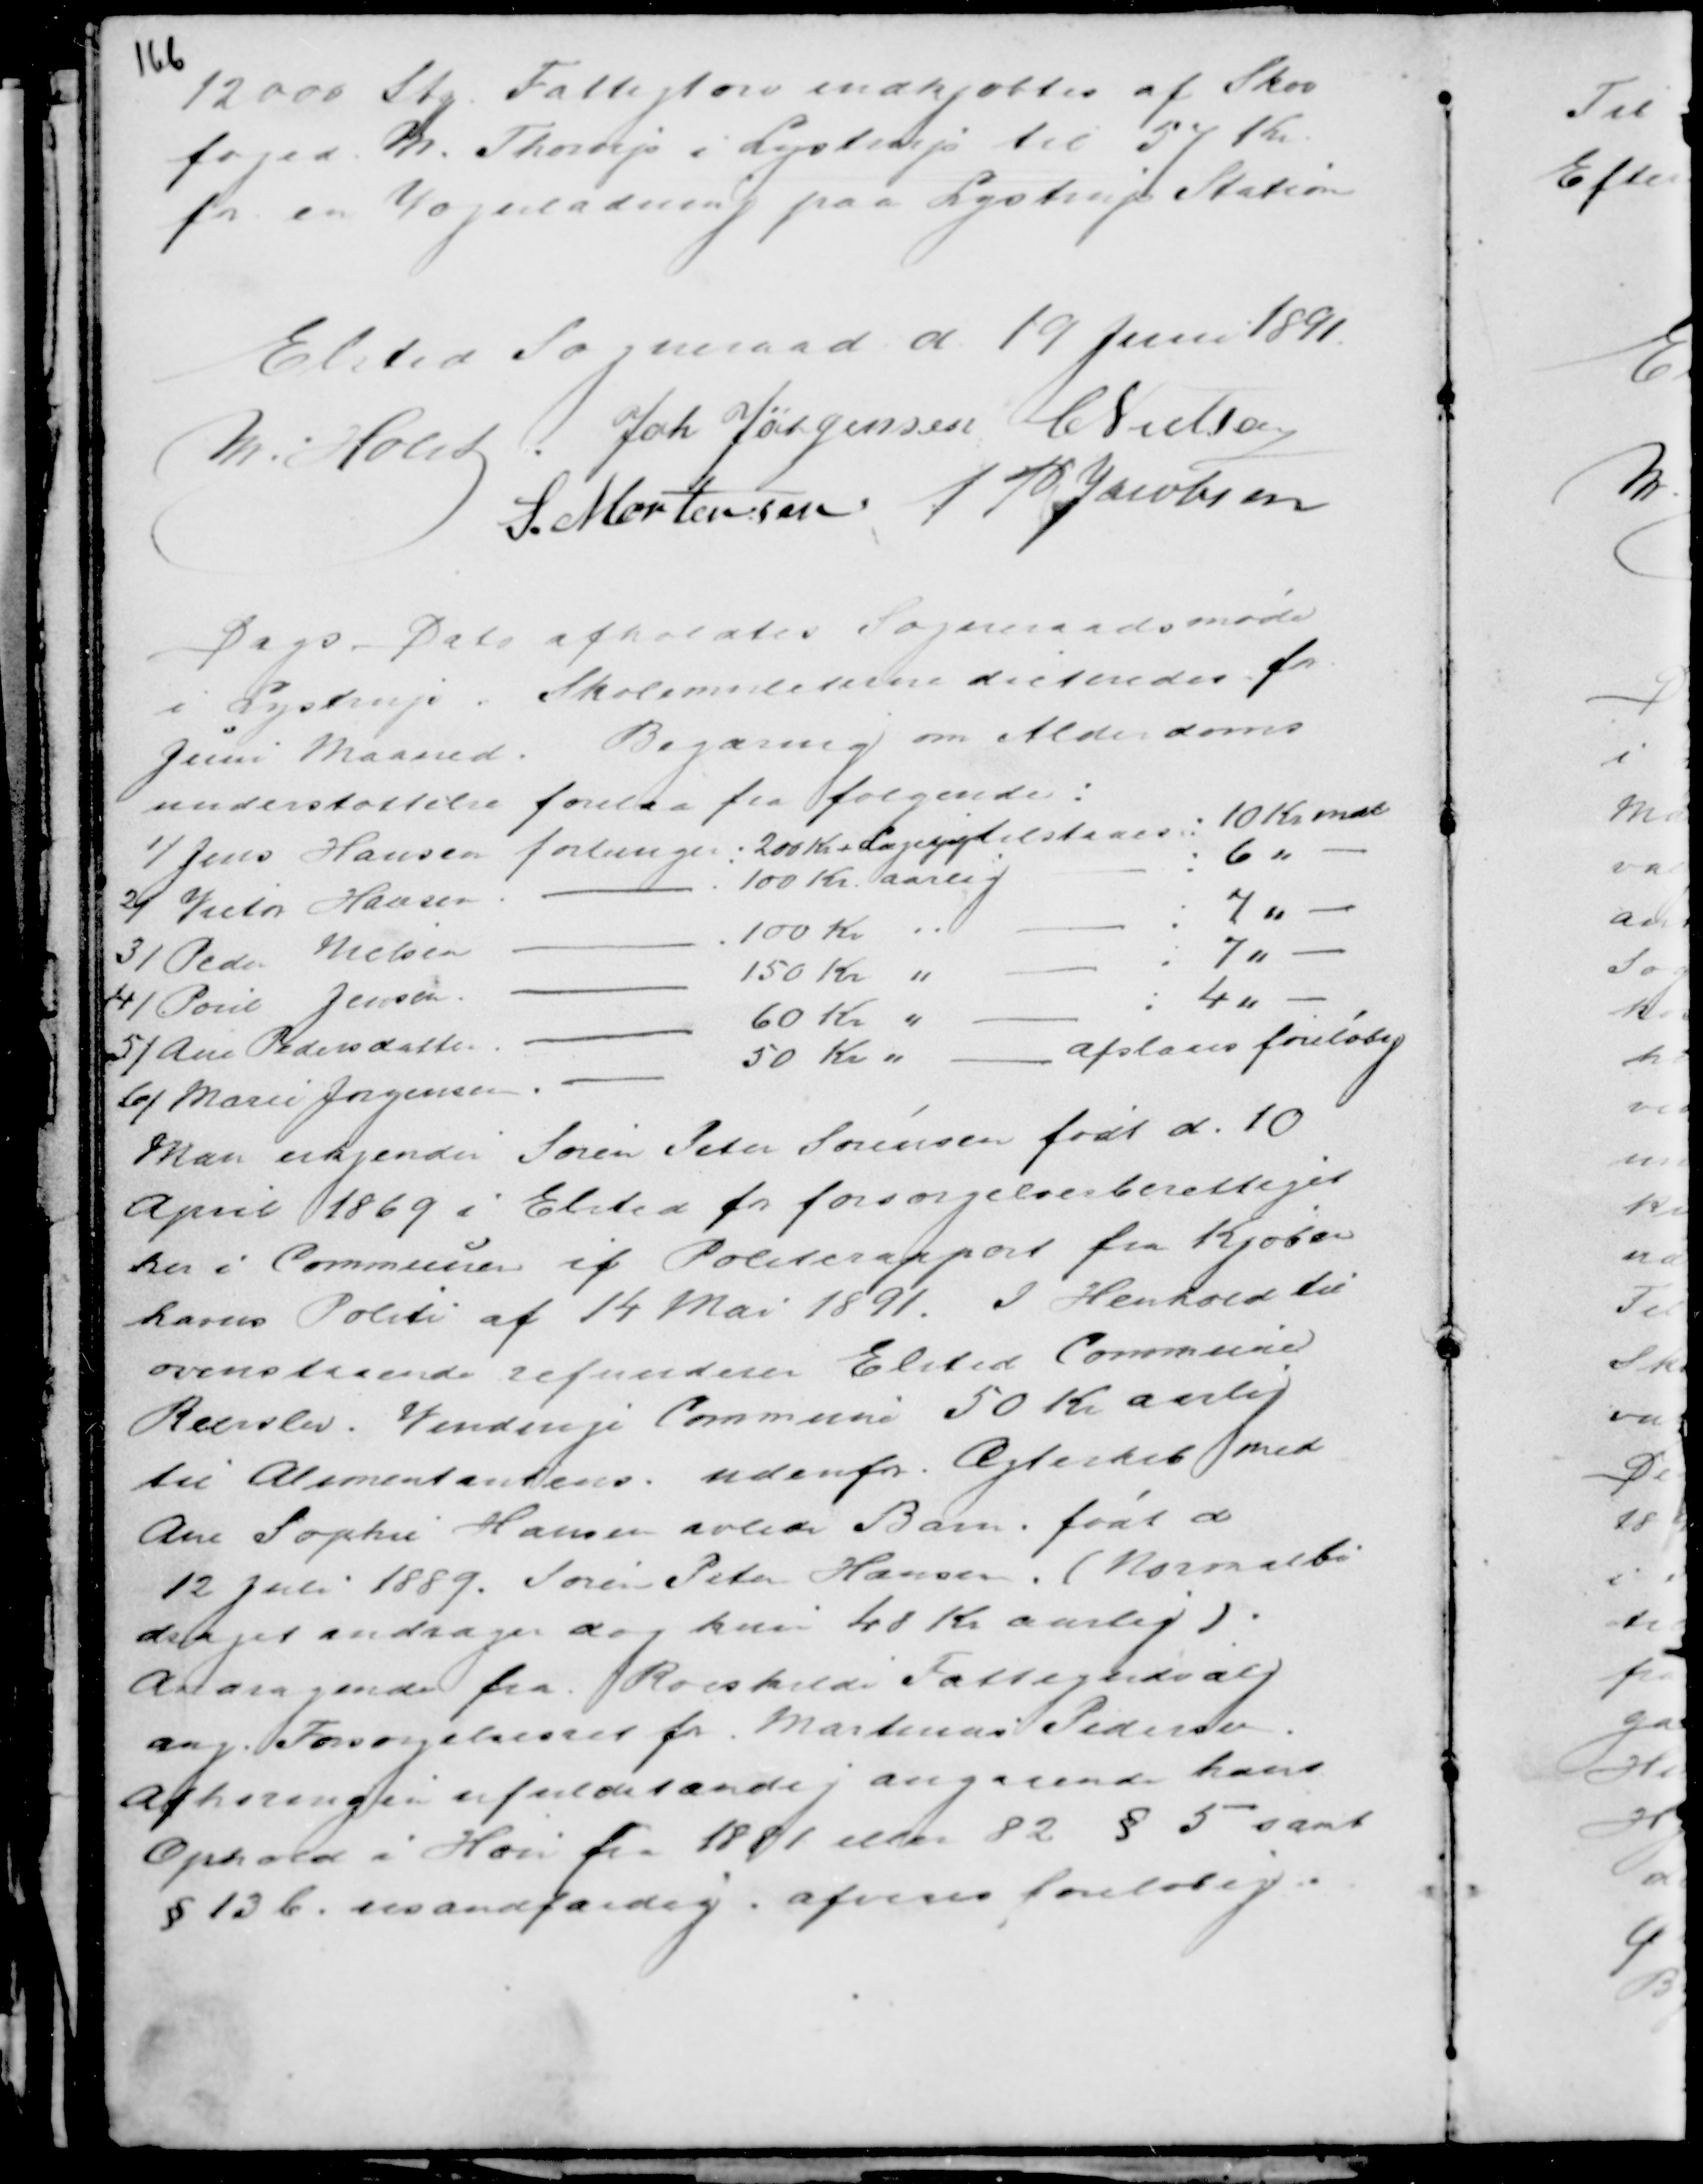
Transskription:
12000 Stg. Fattigtørv indkjøbtes af Skov
foged M. Thorup i Lystrup til 54 Kr.
for en Vognladning paa Lystrup Station

Elsted Sogneraad d. 19 Juni 1891
M. Holst . Joh Jørgensen C Nielsen
S. Mortensen A P Jacobsen

Dags Dato afholdtes Sogneraadsmøde
i Lystrup. Skolemulcterne dicteredes for
Juni Maaned. Begjæring om Alderdoms
understøttelse forelaa fra følgende:

Man erkjender Søren Peter Sørensen født d. 10
April 1869 i Elsted for forsørgelsesberettiget
her i Communen if Politirapport fra Kjøben
havns Politi af 14 Mai 1891. I Henhold til
ovenstaaende refunderer Elsted Commune
Reerslev - Vindinge Commune 50 Kr aarlig
til Alimentantens udenfor Ægteskab med
Ane Sophie Hansen avlede Barn født d
12 Juli 1889. Søren Peter Hansen. ( Normalbi
draget andrager dog kun 40 Kr aarligt ).
Andragende fra Roeskilde Fattigudvalg
ang. Forsørgelsesret for Martinus Pedersen.
Afhøringen ufuldstændig angaaende hans
Ophold i Hou fra 1881 eller 82. § 5 samt
§ 13 b. usandfærdig. afvises foreløbig.